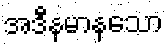
အဒီနမာနသော